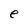
Character: e